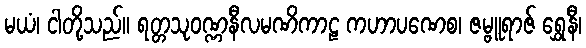
မယံ၊ ငါတို့သည်။ ရတ္တသုဝဏ္ဏနီလမဏိကာဠ ကဟာပဏေစ၊ ဇမ္ဗူရာဇ် ရွှေနီ၊